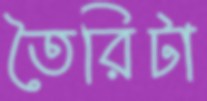
তৈরিটা